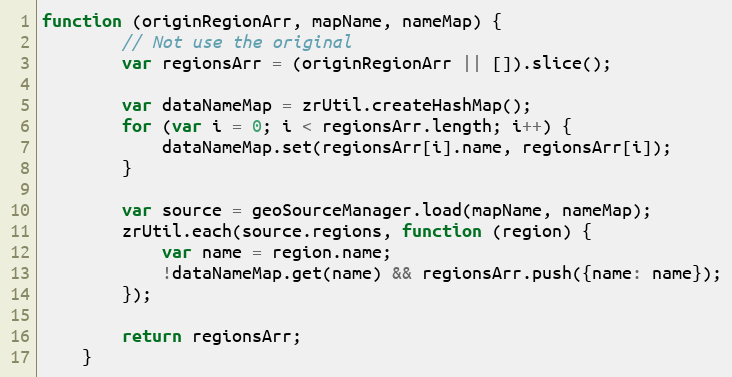
Language: JavaScript
function (originRegionArr, mapName, nameMap) {
        // Not use the original
        var regionsArr = (originRegionArr || []).slice();

        var dataNameMap = zrUtil.createHashMap();
        for (var i = 0; i < regionsArr.length; i++) {
            dataNameMap.set(regionsArr[i].name, regionsArr[i]);
        }

        var source = geoSourceManager.load(mapName, nameMap);
        zrUtil.each(source.regions, function (region) {
            var name = region.name;
            !dataNameMap.get(name) && regionsArr.push({name: name});
        });

        return regionsArr;
    }